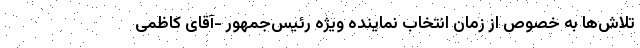
تلاش‌ها به خصوص از زمان انتخاب نماینده ویژه رئیس‌جمهور -آقای کاظمی